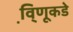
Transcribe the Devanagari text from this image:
वि़्णूकडे